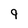
Character: q